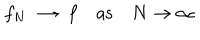
f _ { N } \longrightarrow f \quad \mathrm { a s } \quad N \rightarrow \infty